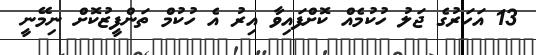
13 އަހަރުގެ ޖަލު ހުކުމެއް ކޮށްފައިވާ އިރު އެ ހުކުމް ތަންފީޒުކޮށް ނިމޭނީ